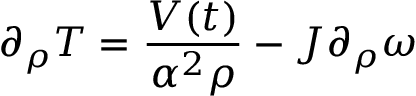
\partial _ { \rho } T = \frac { V ( t ) } { \alpha ^ { 2 } \rho } - J \partial _ { \rho } \omega